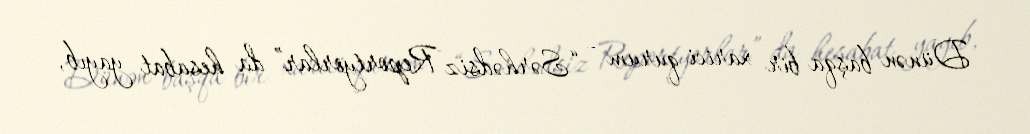
Dünən başqa bir xarici qurum - “Sərhədsiz Reportyorlar” da hesabat yayıb,